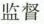
监督